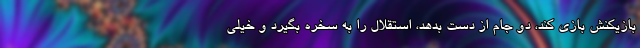
بازیکنش بازی کند، دو جام از دست بدهد، استقلال را به سخره بگیرد و خیلی